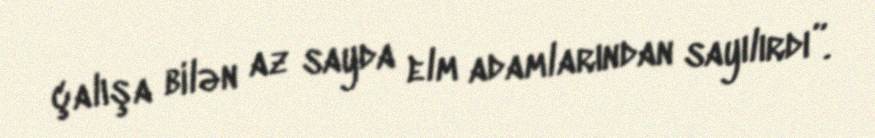
çalışa bilən az sayda elm adamlarından sayılırdı”.